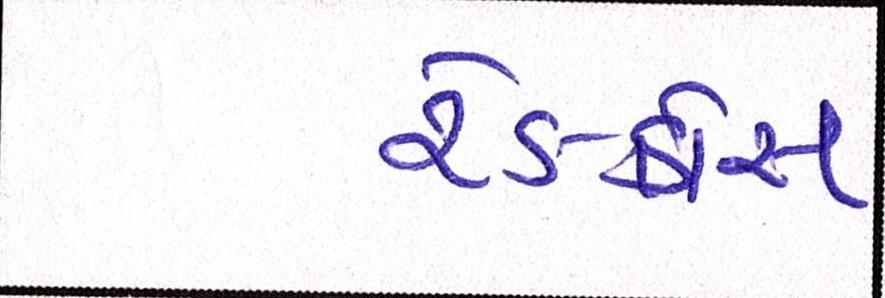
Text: રેડક્રોસ